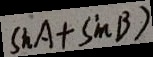
\sin A + \sin B )